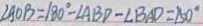
\angle A O B = 1 8 0 ^ { \circ } - \angle A B D - \angle B A D = 1 5 0 ^ { \circ }